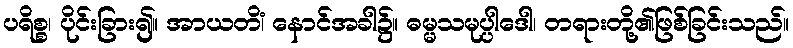
ပရိစ္စ၊ ပိုင်းခြား၍။ အာယတိံ၊ နောင်အခါ၌။ ဓမ္မသမုပ္ပါဒေါ၊ တရားတို့၏ဖြစ်ခြင်းသည်။